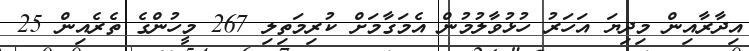
އިދާރާއިން މިދިޔަ އަހަރު ހުޅުވާލުމުން އެމަގާމަށް ކުރިމަތިލި 267 މީހުންގެ ތެރެއިން 25